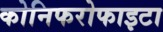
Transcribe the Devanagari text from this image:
कोनिफरोफाइटा